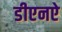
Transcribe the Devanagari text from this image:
डीएनऐ